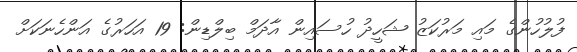
ފުލުހުންގެ މައި މަރުކަޒު ޝަހީދު ހުސައިން އާދަމް ބިލްޑިން: 19 އަހަރުގެ އަންހެނަކަށް